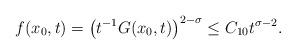
LaTeX: \begin{align*}f(x_0,t)=\left(t^{-1}G(x_0,t)\right)^{2-\sigma}\leq C_{10}t^{\sigma-2}.\end{align*}